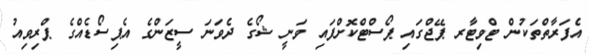
އެފަރާތްތަކުން ޓްވިޓާރ ޕޭޖްގައި ޕޯސްޓްކޮށްފައި ވަނީ ޝޯގެ ދެވަނަ ސީޒަންގެ އެޕިސޯޑެއްގެ ޕްރިވިއު